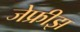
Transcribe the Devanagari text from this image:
जेफ्रीझ